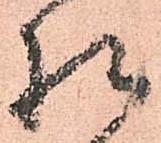
様